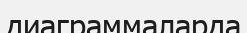
диаграммаларда